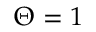
\Theta = 1